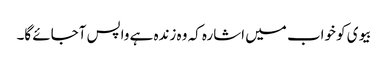
بیوی کو خواب میں اشارہ کہ وہ زندہ ہے واپس آجائے گا۔